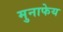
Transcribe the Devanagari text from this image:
मुनाफेय